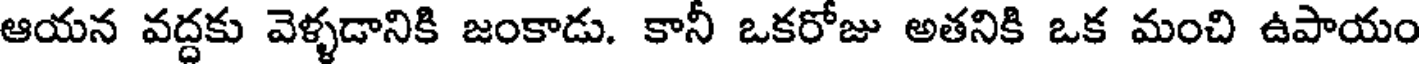
ఆయన వద్దకు వెళ్ళడానికి జంకాడు. కానీ ఒకరోజు అతనికి ఒక మంచి ఉపాయం